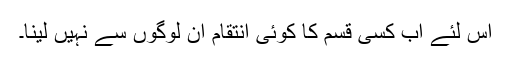
اس لئے اب کسی قسم کا کوئی انتقام ان لوگوں سے نہیں لینا۔